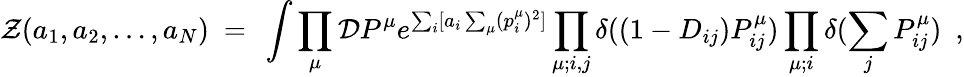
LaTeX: {\cal Z}(a_{1},a_{2},\dots,a_{N})~=~\int\prod_{\mu}{\cal D}P^{\mu}e^{\sum_{i}[a_{i}\sum_{\mu}(p_{i}^{\mu})^{2}]}\prod_{\mu;i,j}\delta((1-D_{ij})P_{ij}^{\mu})\prod_{\mu;i}\delta(\sum_{j}P_{ij}^{\mu})~~,